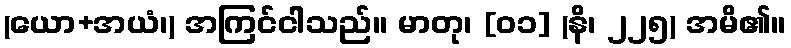
(ယော+အယံ၊) အကြင်ငါသည်။ မာတု၊ [၀၁] (နိ၊ ၂၂၅) အမိ၏။